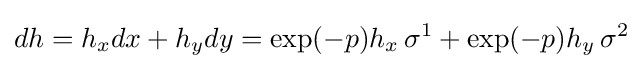
dh=h_{x}dx+h_{y}dy=\exp(-p)h_{x}\,\sigma ^{1}+\exp(-p)h_{y}\,\sigma ^{2}